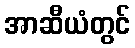
အာဆီယံတွင်